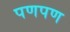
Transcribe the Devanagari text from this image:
पणपण